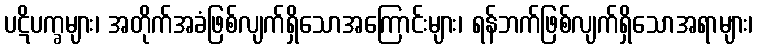
ပဋိပက္ခများ၊ အတိုက်အခံဖြစ်လျက်ရှိသောအကြောင်းများ၊ ရန်ဘက်ဖြစ်လျက်ရှိသောအရာများ၊